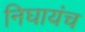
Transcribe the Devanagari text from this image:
निघायंच